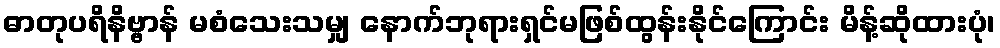
ဓာတုပရိနိဗ္ဗာန် မစံသေးသမျှ နောက်ဘုရားရှင်မဖြစ်ထွန်းနိုင်ကြောင်း မိန့်ဆိုထားပုံ၊